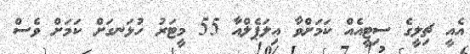
އެއީ ޗިލީގެ ސިޓީއެއް ކަމަށްވާ އިލަޕެލްއާ 55 މީޓަރު ހުޅަނގަށް ކަމަށް ވެސް